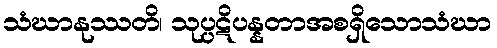
သံဃာနုဿတိ၊ သုပ္ပဋိပန္နတာအစရှိသောသံဃာ